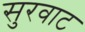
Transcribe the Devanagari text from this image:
सुरवाट